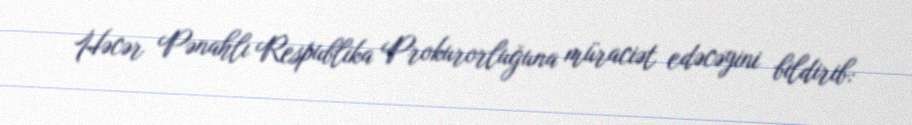
Həcər Pənahlı Respublika Prokurorluğuna müraciət edəcəyini bildirib: